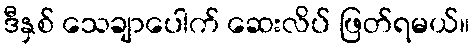
ဒီနှစ် သေချာပေါက် ဆေးလိပ် ဖြတ်ရမယ်။